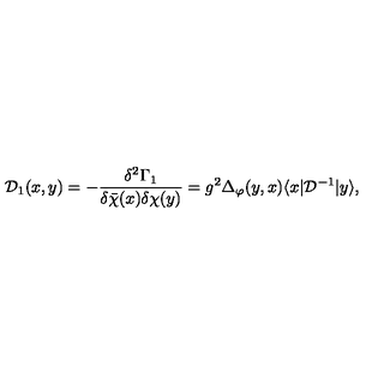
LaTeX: { \mathcal D } _ { 1 } ( x , y ) = - \frac { \delta ^ { 2 } \Gamma _ { 1 } } { \delta { \bar { \chi } } ( x ) \delta \chi ( y ) } = g ^ { 2 } \Delta _ { \varphi } ( y , x ) \langle x | { \mathcal D } ^ { - 1 } | y \rangle ,